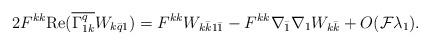
LaTeX: \begin{align*}\begin{aligned} 2F^{kk}\mathrm{Re}(\overline{\Gamma^q_{1k}}W_{k\bar q1}) &= F^{kk}W_{k\bar k1\bar 1} -F^{kk} \nabla_{\bar 1}\nabla_1 W_{k\bar k} +O(\mathcal{F}\lambda_1).\end{aligned}\end{align*}